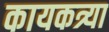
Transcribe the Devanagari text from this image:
कायकत्र्या